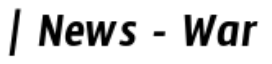
| News - War